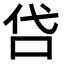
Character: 𠰰